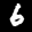
Label: 6